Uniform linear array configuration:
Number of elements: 64
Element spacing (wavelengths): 0.25
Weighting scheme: blackman
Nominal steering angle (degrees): -30
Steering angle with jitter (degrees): -30.93
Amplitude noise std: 0.05
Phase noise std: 0.05

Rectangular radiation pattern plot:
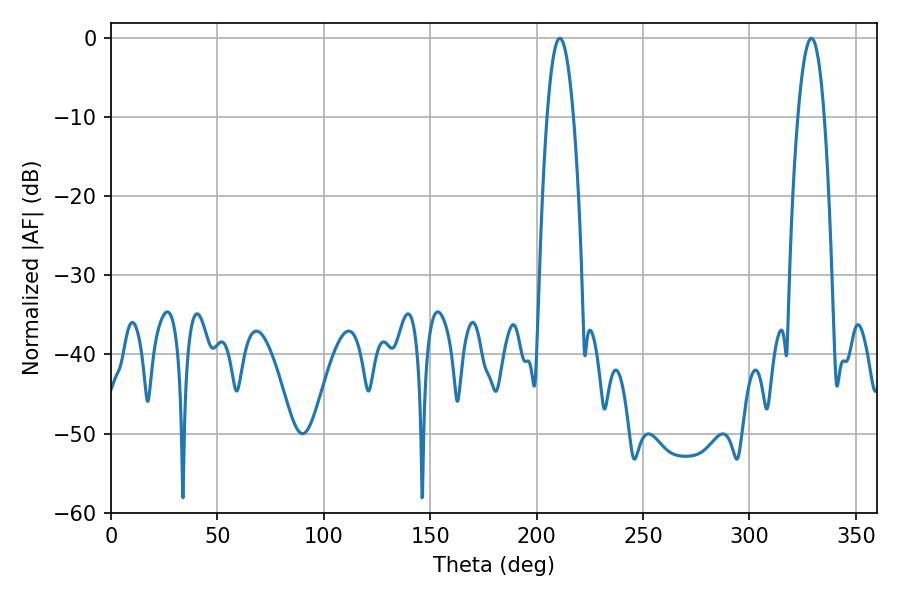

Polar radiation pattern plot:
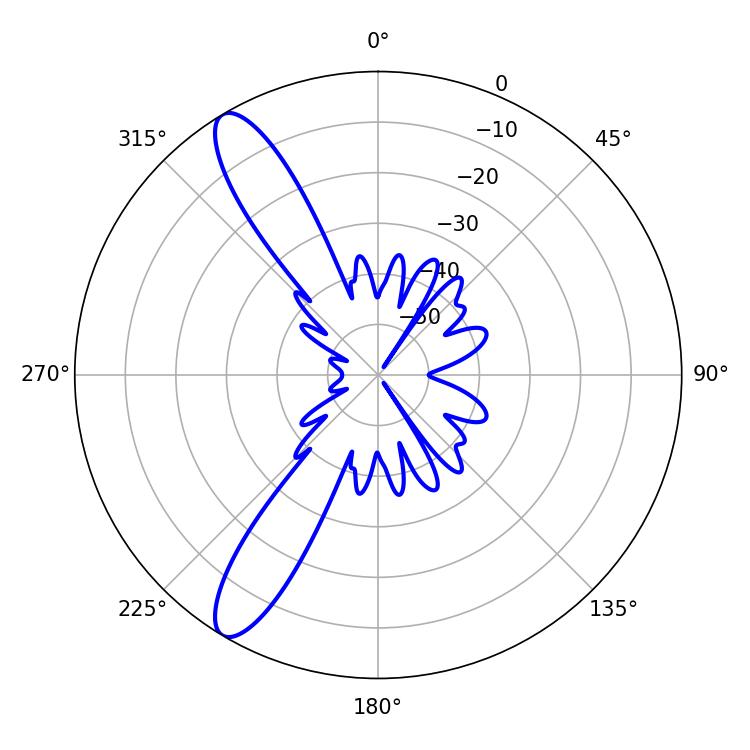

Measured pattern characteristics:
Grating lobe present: FALSE
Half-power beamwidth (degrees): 6.84
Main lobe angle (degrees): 329.04